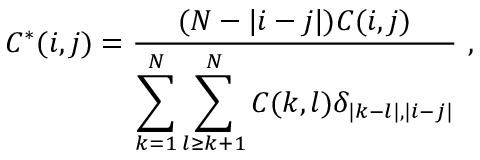
C ^ { * } ( i , j ) = \frac { ( N - | i - j | ) C ( i , j ) } { \displaystyle \sum _ { k = 1 } ^ { N } \sum _ { l \ge k + 1 } ^ { N } C ( k , l ) \delta _ { | k - l | , | i - j | } } ~ ,